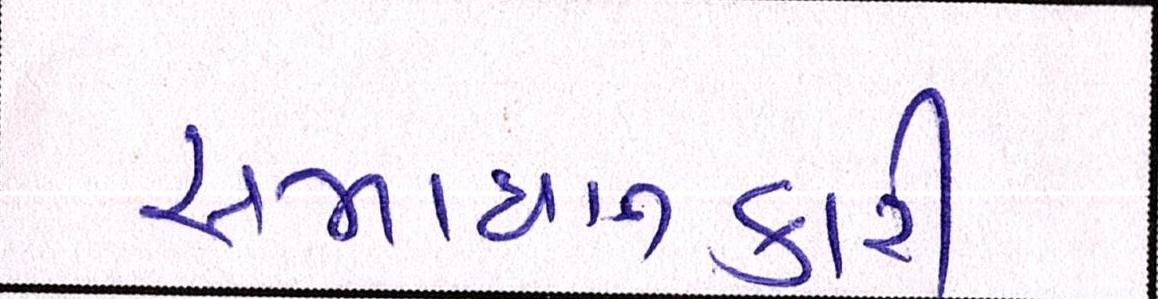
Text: સમાધાનકારી